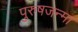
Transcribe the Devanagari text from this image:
पुरुषजन्मा